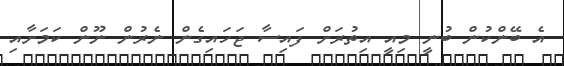
އެ ބޭންކުން ބުނީ މިއީ އިތުރަށް ފައިސާ ޖަހައިގެން ނެރުން ނޫން ކަމަށާއި